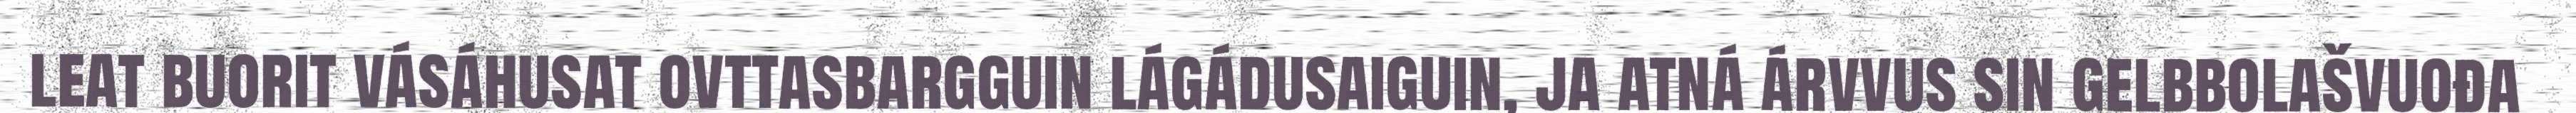
leat buorit vásáhusat ovttasbargguin lágádusaiguin, ja atná árvvus sin gelbbolašvuođa